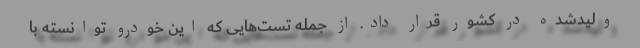
ولیدشده در کشور قرار داد. از جمله تست‌هایی که این خودرو توانسته با